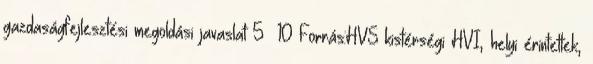
gazdaságfejlesztési megoldási javaslat 5 10 Forrás:HVS kistérségi HVI, helyi érintettek,